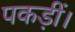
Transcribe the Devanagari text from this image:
पकड़ीं।